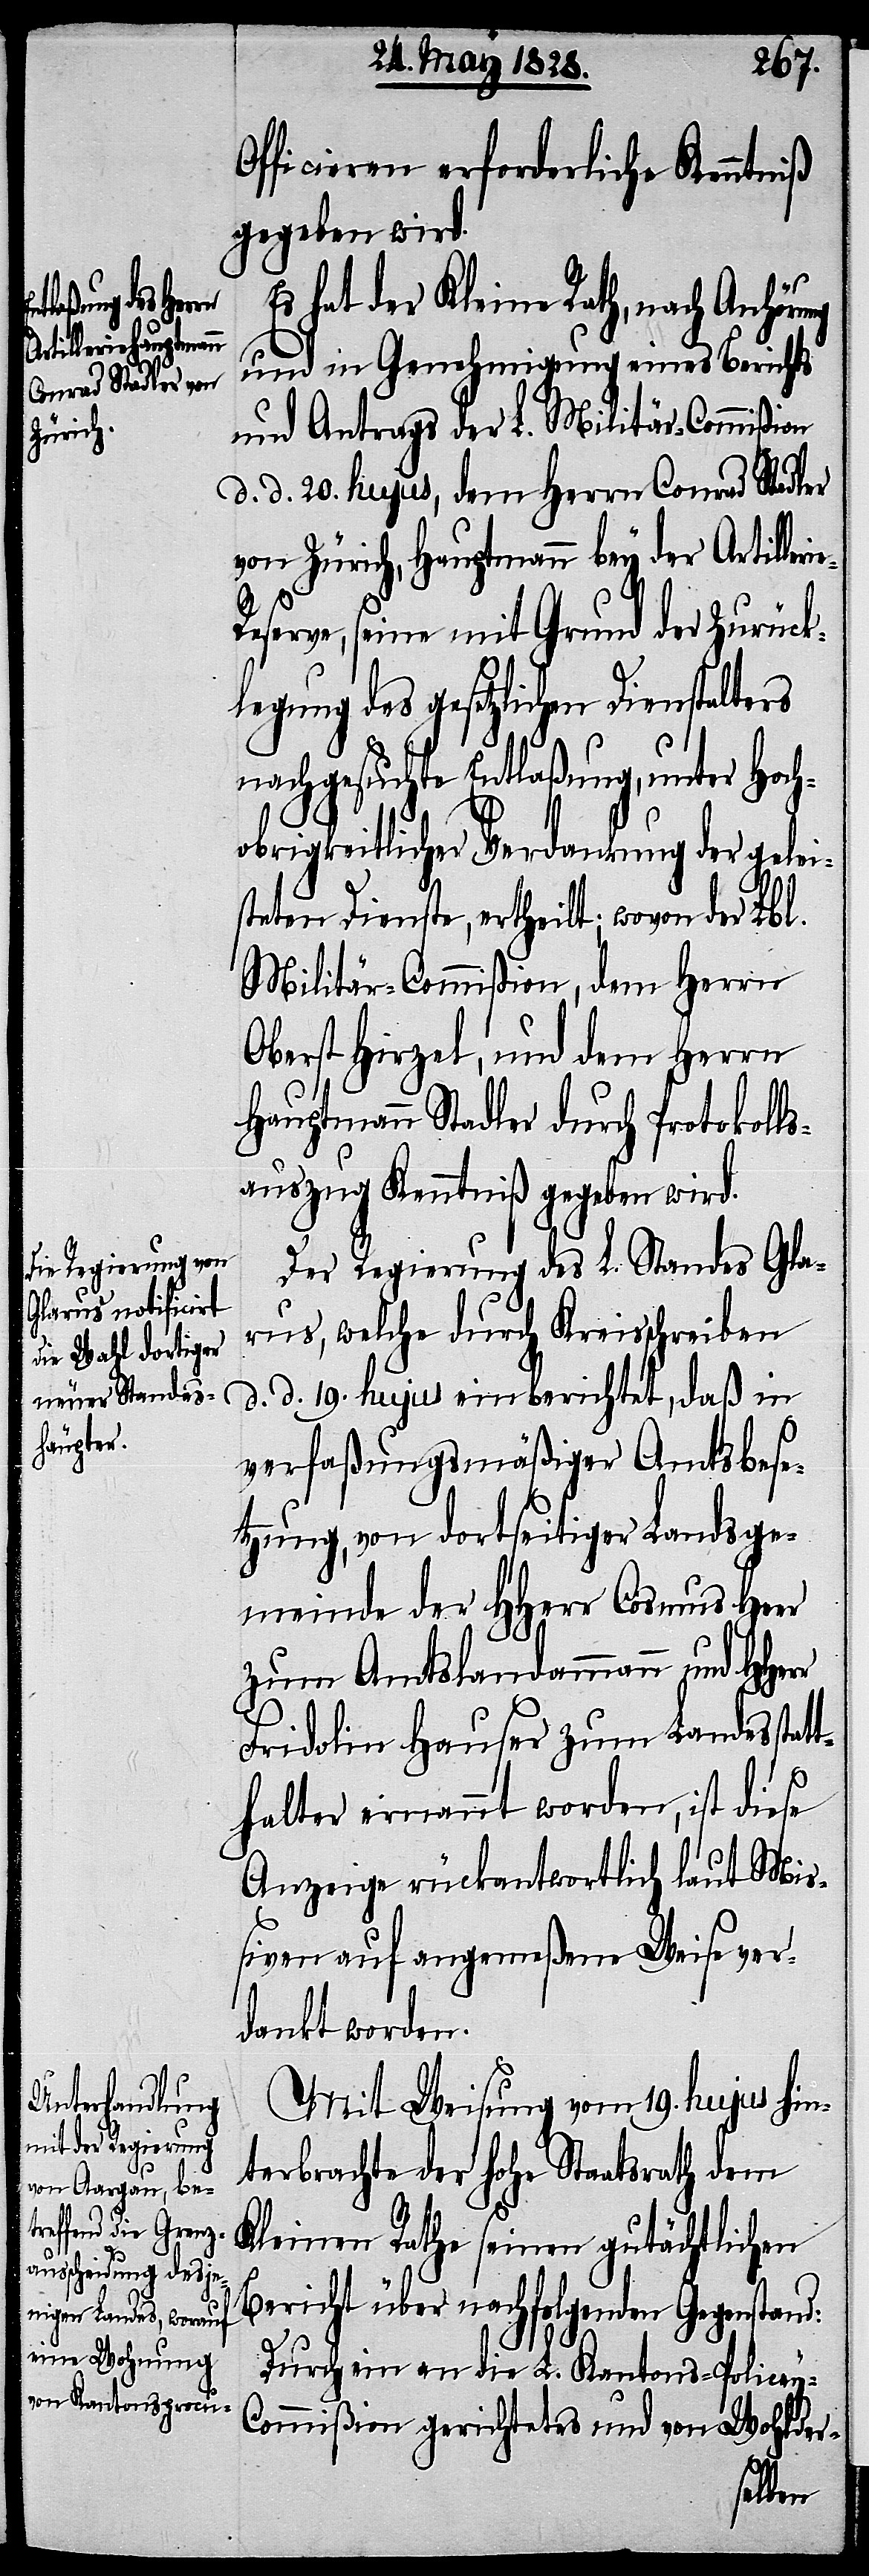
llerie-Res¬

Officieren erforderliche Kenntniß
gegeben wird.
Es hat der Kleine Rath, nach Anhör¬
und in Genehmigung eines Berichts
und Antrags der L. Militär-Commißion
d. d. 20. hujus, dem Herrn Conrad Stadler
von Zürich, Hauptmann bey der Arti¬
erve, seine mit Grund der Zurück¬
legung des gesetzlichen Dienstalters
nachgesuchte Entlaßung, unter Hoch¬
obrigkeitlicher Verdankung der gelei¬
steten Dienste, ertheilt; wovon der Lbl.
Militär-Commißion, dem Herrn
Oberst Hirzel, und dem Herrn
Hauptmann Stadler durch Protokolls¬
auszug Kenntniß gegeben.
Der Regierung des L. Standes Gla¬
rus, welche durch Kreisschreiben
d. d. 19. hujus einberichtet, daß in
verfaßungsmäßiger Amtsbese¬
tzung, von dortseitiger Landsge¬
meinde der HHerr Cosmus Heer
zum Amtslandammann und HHer¬
r
Fridolin Hauser zum Landestat¬
thalter ernannt worden, ist diese
Anzeige rückantwortlich laut Mi¬
ßiven auf angemeßene Weise ver¬
dankt worden.
Mit Weisung vom 19. hujus hin¬
terbrachte der hohe Staatsrath dem
Kleinen Rathe seinen gutächtlichen
Bericht über nachfolgenden Gegenstand:
Durch ein an die L. Kantons-Policey-C¬
ommißion gerichtetes und von Wohlder-